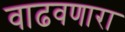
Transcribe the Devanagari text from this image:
वाढवणारा